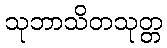
သုဘာသိတသုတ္တ